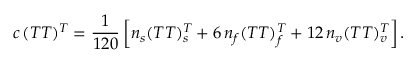
c \, ( T T ) ^ { T } = { \frac { 1 } { 1 2 0 } } \left[ n _ { s } ( T T ) _ { s } ^ { T } + 6 \, n _ { f } ( T T ) _ { f } ^ { T } + 1 2 \, n _ { v } ( T T ) _ { v } ^ { T } \right] .